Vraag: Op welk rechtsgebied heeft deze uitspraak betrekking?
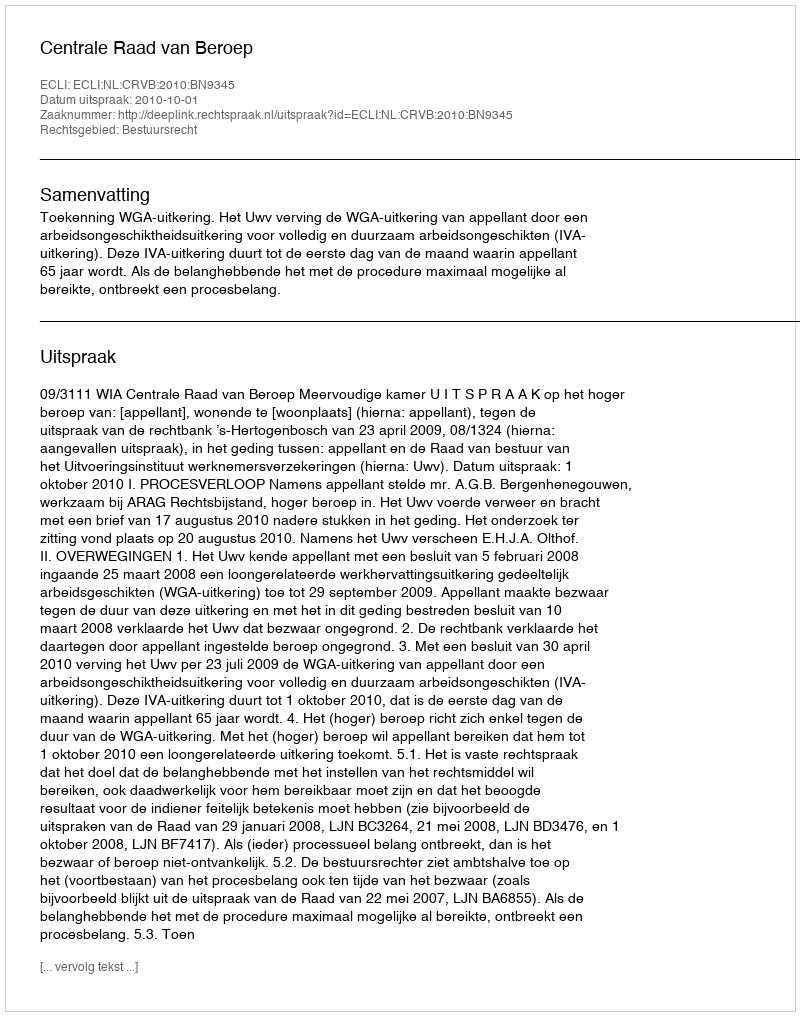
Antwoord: Bestuursrecht